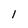
Character: l